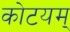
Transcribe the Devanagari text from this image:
कोटयम्